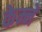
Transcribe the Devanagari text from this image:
केम्ने